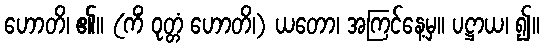
ဟောတိ၊ ၏။ (ကိံ ဝုတ္တံ ဟောတိ၊) ယတော၊ အကြင်နေ့မှ။ ပဋ္ဌာယ၊ ၍။